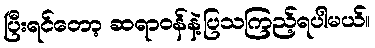
ပြီးရင်တော့ ဆရာဝန်နဲ့ပြသကြည့်ရပါမယ်။